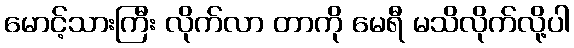
မောင့်သားကြီး လိုက်လာ တာကို မေရီ မသိလိုက်လို့ပါ